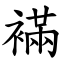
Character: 襔